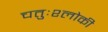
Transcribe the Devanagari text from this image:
चतुःश्लोकी